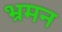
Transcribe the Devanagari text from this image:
भ्रमन